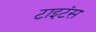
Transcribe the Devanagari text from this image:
टाइटंस